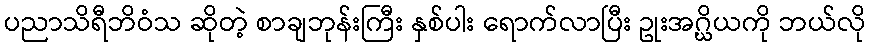
ပညာသိရီဘိဝံသ ဆိုတဲ့ စာချဘုန်းကြီး နှစ်ပါး ရောက်လာပြီး ဥုးအဂ္ဃိယကို ဘယ်လို